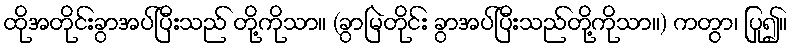
ထိုအတိုင်းခွာအပ်ပြီးသည် တို့ကိုသာ။ (ခွာမြဲတိုင်း ခွာအပ်ပြီးသည်တို့ကိုသာ။) ကတွာ၊ ပြု၍။